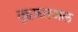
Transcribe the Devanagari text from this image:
तुहफ़तअल